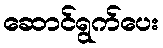
ဆောင်ရွက်ပေး